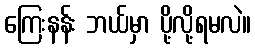
ကြေးနန်း ဘယ်မှာ ပို့လို့ရမလဲ။